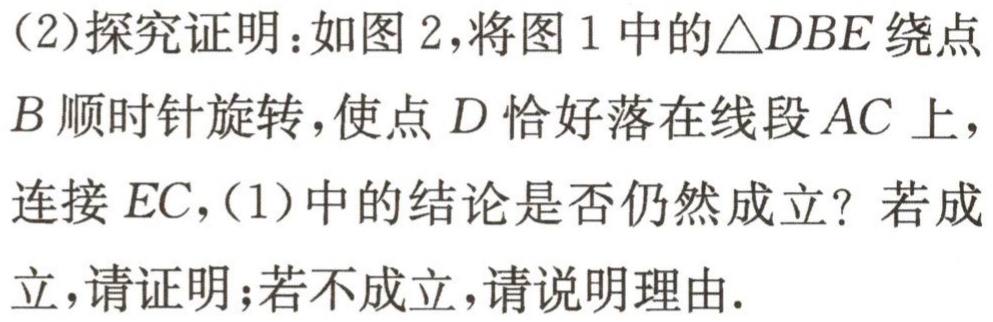
（2）探究证明：如图2，将图1中的$\triangle DBE$绕点
$B$顺时针旋转，使点$D$恰好落在线段$AC$上，
连接$EC$，（1）中的结论是否仍然成立？若成
立，请证明；若不成立，请说明理由.